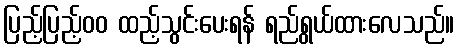
ပြည့်ပြည့်၀၀ ထည့်သွင်းပေးရန် ရည်ရွယ်ထားလေသည်။